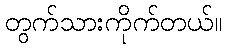
တွက်သားကိုက်တယ်။